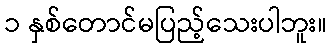
၁ နှစ်တောင်မပြည့်သေးပါဘူး။